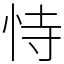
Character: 恃